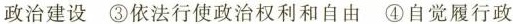
政治建设③依法行使政治权利和自由④自觉履行政